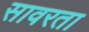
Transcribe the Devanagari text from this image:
सावरता